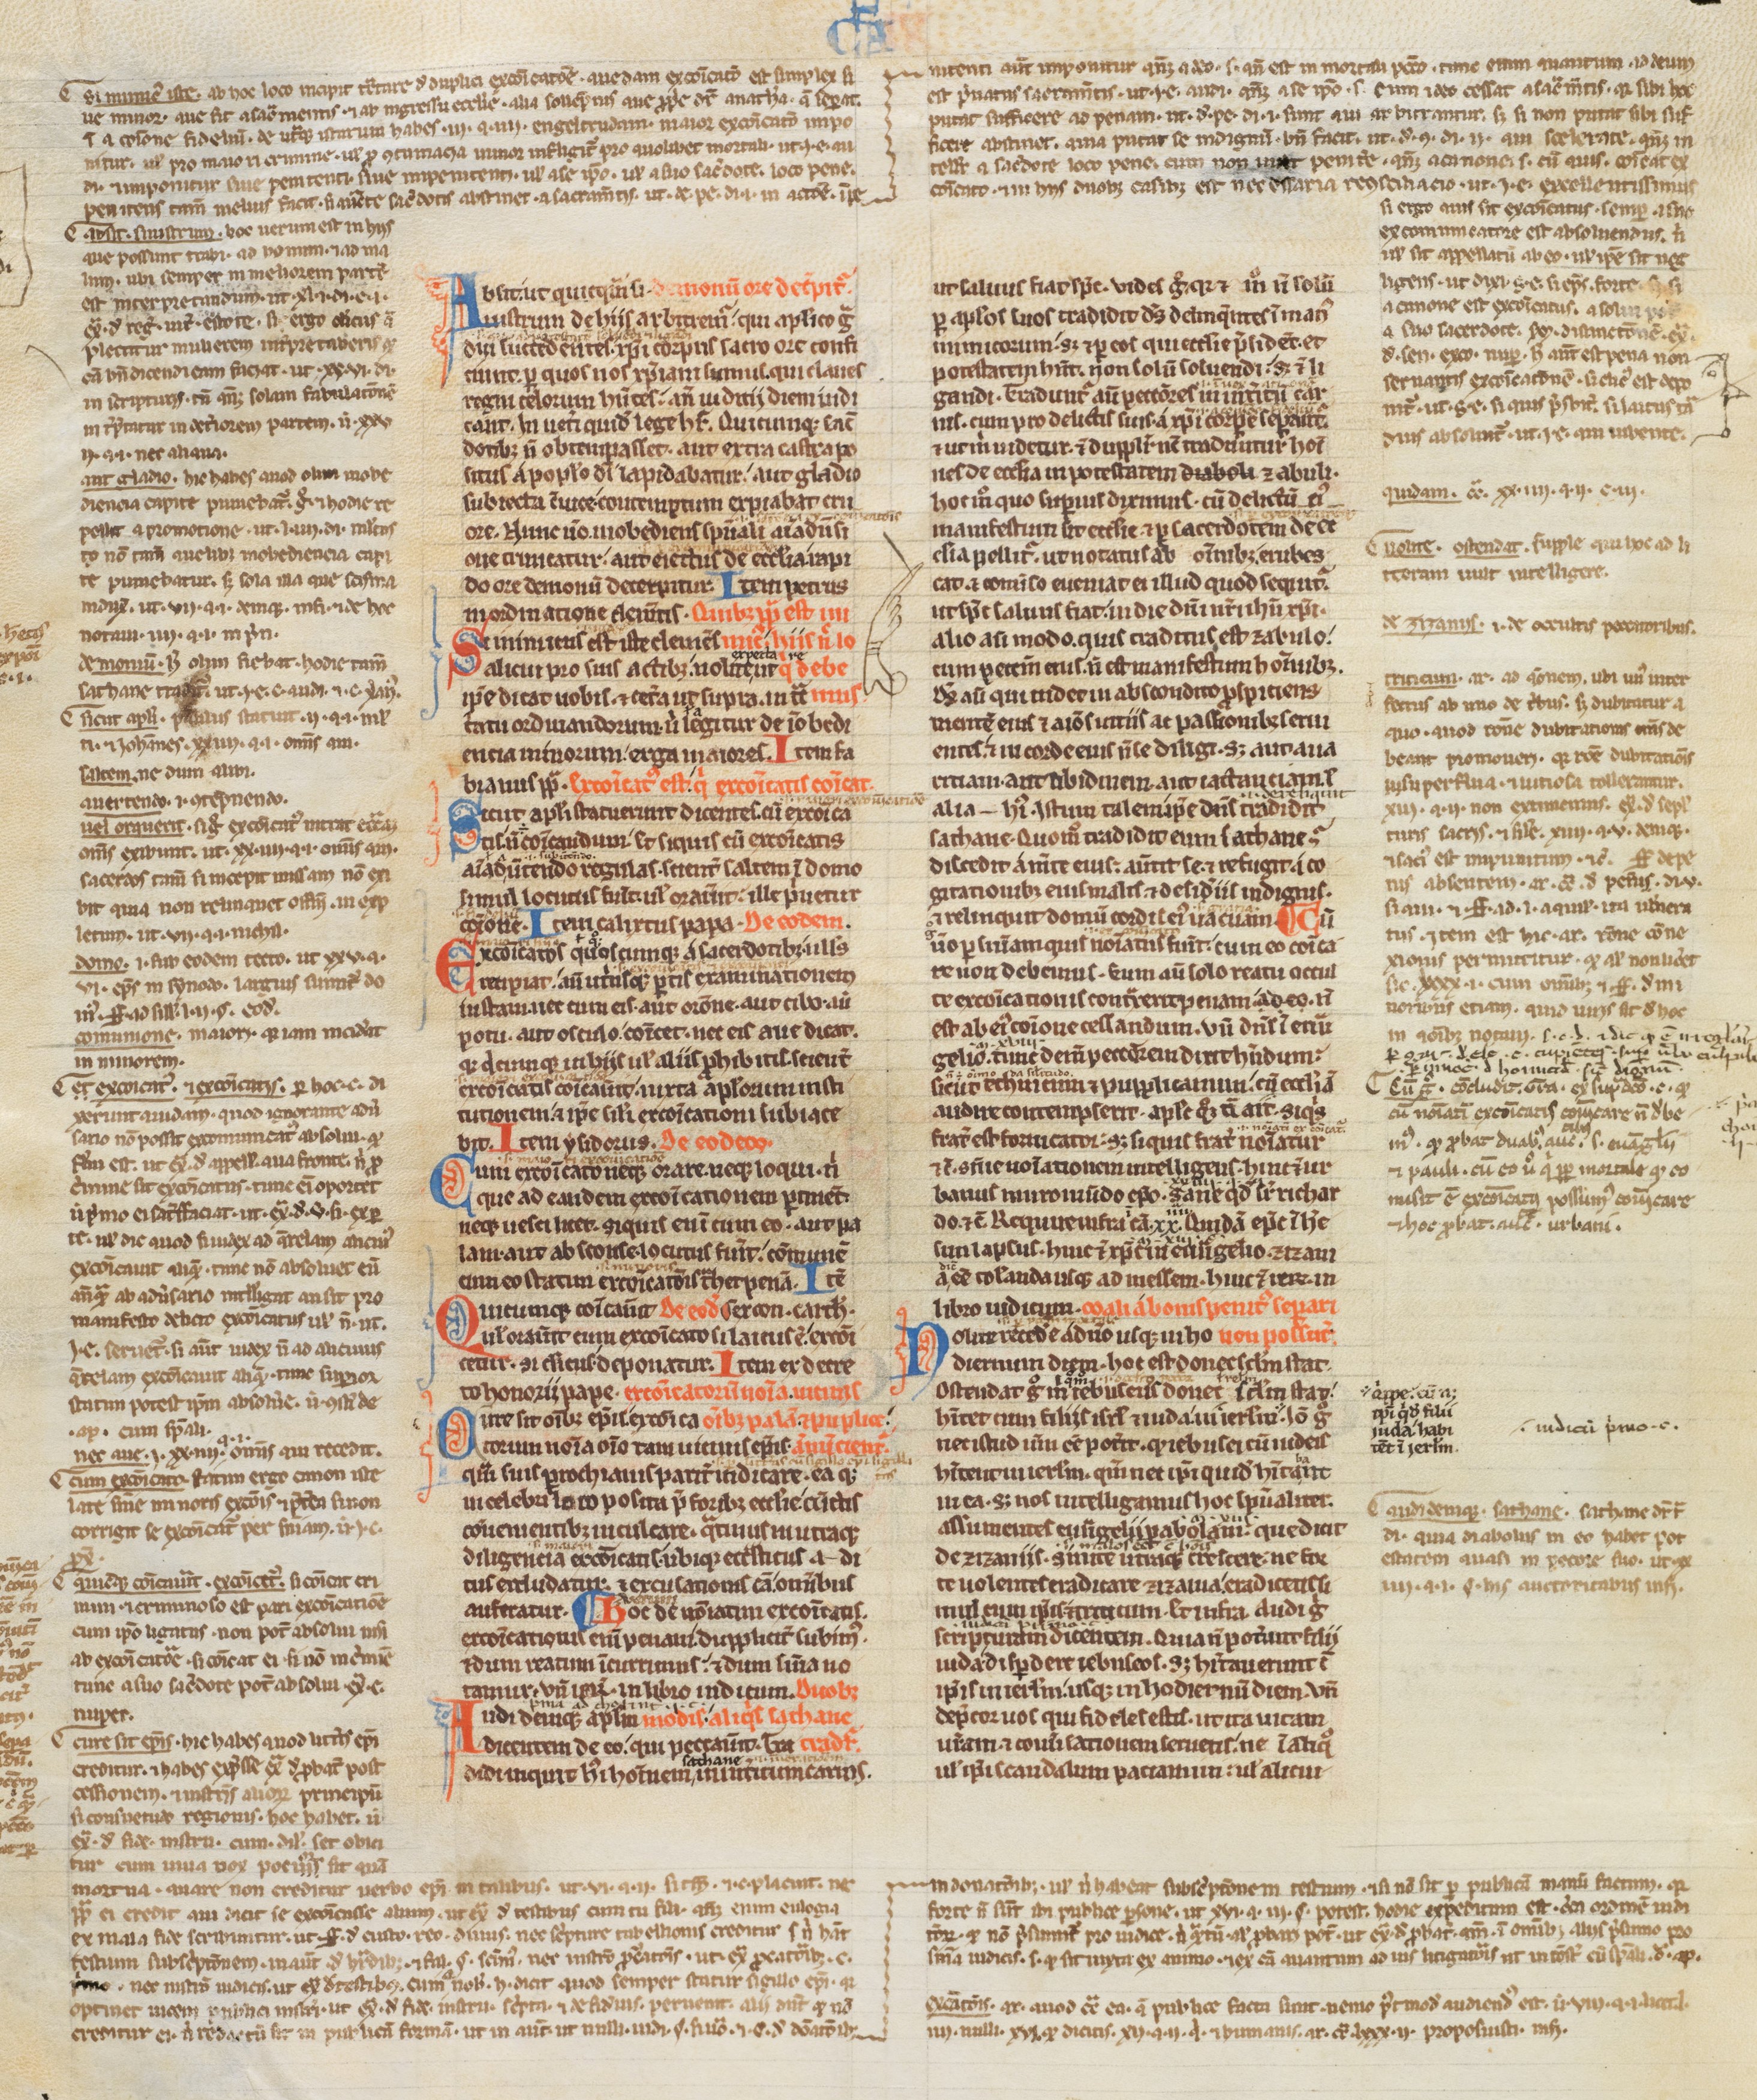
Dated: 1200–1249